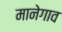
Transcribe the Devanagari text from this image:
मानेगाव